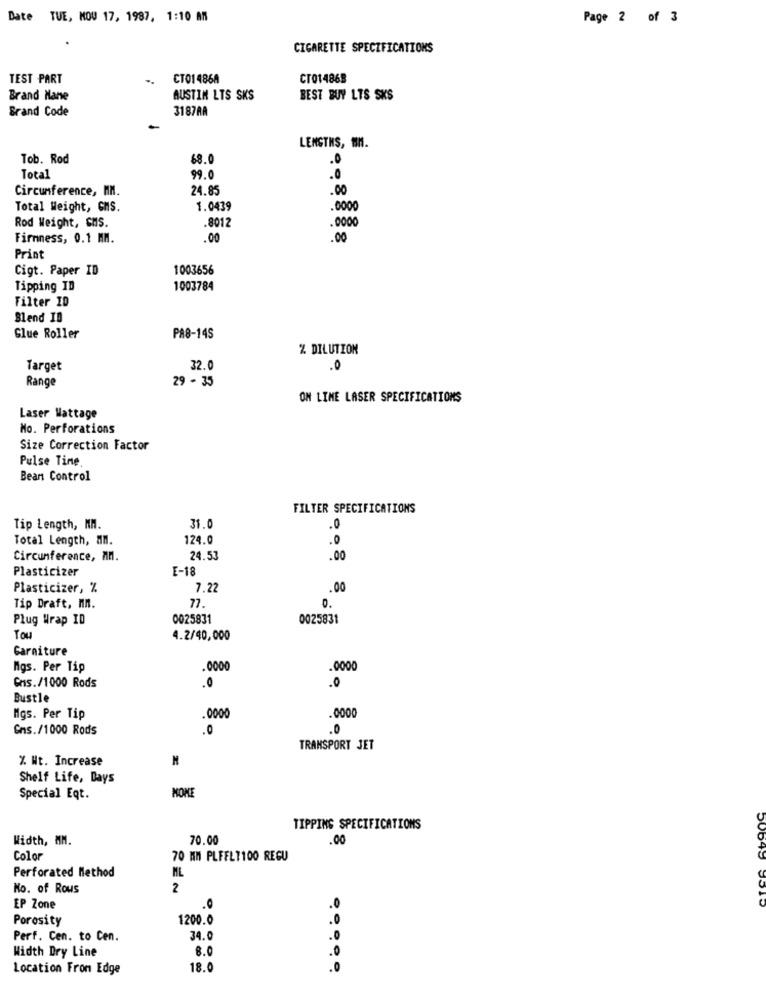
Date TUE, MOU 17, 1987, 1:10 AM
Page 2 of 3
CIGARETTE SPECIFICATIONS
TEST PART
CT01486A
CT014868
Brand Mane
AUSTIN LTS SKS
BEST BUY LTS SKS
Brand Code
3187AA
LENGTHS, MM.
Tob. Rod
68.0
.0
Total
9.
.0
Circumference, MM.
24.85
.00
Total Weight, GMS.
1.0439
.000
Rod Weight, CMS.
.8012
.0000
Firmness, 0.1 MM.
.00
.00
Print
Cigt. Paper ID
1003656
Tipping ID
1003784
Filter ID
Blend IB
Glue Roller
PA8-14S
% DILUTION
Target
32.0
.0
Range
29 - 35
ON LIME LASER SPECIFICATIONS
Laser Wattage
No. Perforations
Size Correction Factor
Pulse Tine,
Bean Control
FILTER SPECIFICATIONS
Tip Length, KM.
31.0
.0
Total Length, an.
124.0
.0
Circumference, MM.
24.53
.00
Plasticizer
E-18
Plasticizer, %
7.2
.00
Tip Draft, MR.
77
0.
Plug Wrap ID
0025831
0025831
Tou
4.2/40,000
Garniture
Mgs. Per Tip
Cns./1000 Rods
.0
.0
Bustle
Mgs. Per Tip
.0000
Gns./1000 Rods
.0
.0
TRANSPORT JET
% Nt. Increase
Shelf Life, Days
Special Eqt.
NONE
TIPPING SPECIFICATIONS
Width, MM.
70.00
.00
Color
70 MM PLFELT100 REGU
Perforated Method
ML
50D45
No. of Rows
2
EP Zone
.0
Porosity
1200.0
.0
Perf. Cen. to Cen.
34.0
Width Dry Line
8.0
.0
Location From Edge
18.0
..